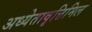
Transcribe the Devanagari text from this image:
अध्येतावृत्तिमिल